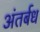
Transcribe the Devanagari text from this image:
अंतर्बध